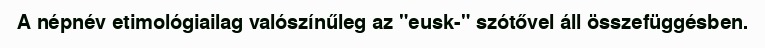
A népnév etimológiailag valószínűleg az "eusk-" szótővel áll összefüggésben.